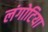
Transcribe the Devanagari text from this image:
लंगोटिया